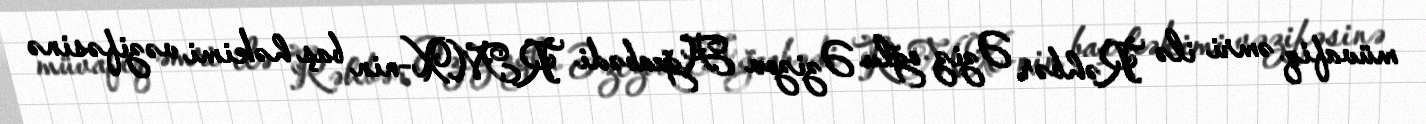
müvafiq əmri ilə Rəhbər Əziz oğlu Əzizov Ağcabədi RMX-nin baş həkimi vəzifəsinə